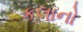
કલાનો